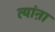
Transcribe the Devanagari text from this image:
त्यांऩा